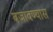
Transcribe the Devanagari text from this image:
बजावण्यास